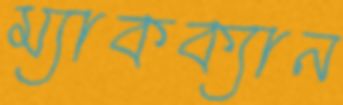
ম্যাকক্যান